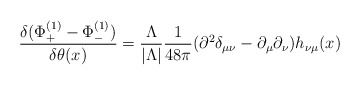
\begin{align*}{\delta(\Phi_{+}^{(1)}-\Phi_{-}^{(1)})\over \delta \theta(x)}={\Lambda\over|\Lambda|} {1\over 48\pi}(\partial^2\delta_{\mu\nu}-\partial_{\mu}\partial_{\nu}) h_{\nu\mu}(x)\end{align*}